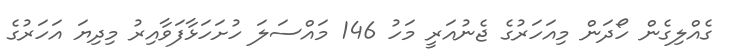
ގެއްލިގެން ހޯދަން މިއަހަރުގެ ޖެނުއަރީ މަހު 146 މައްސަލަ ހުށަހަޅާފަވާއިރު މިދިޔަ އަހަރުގެ